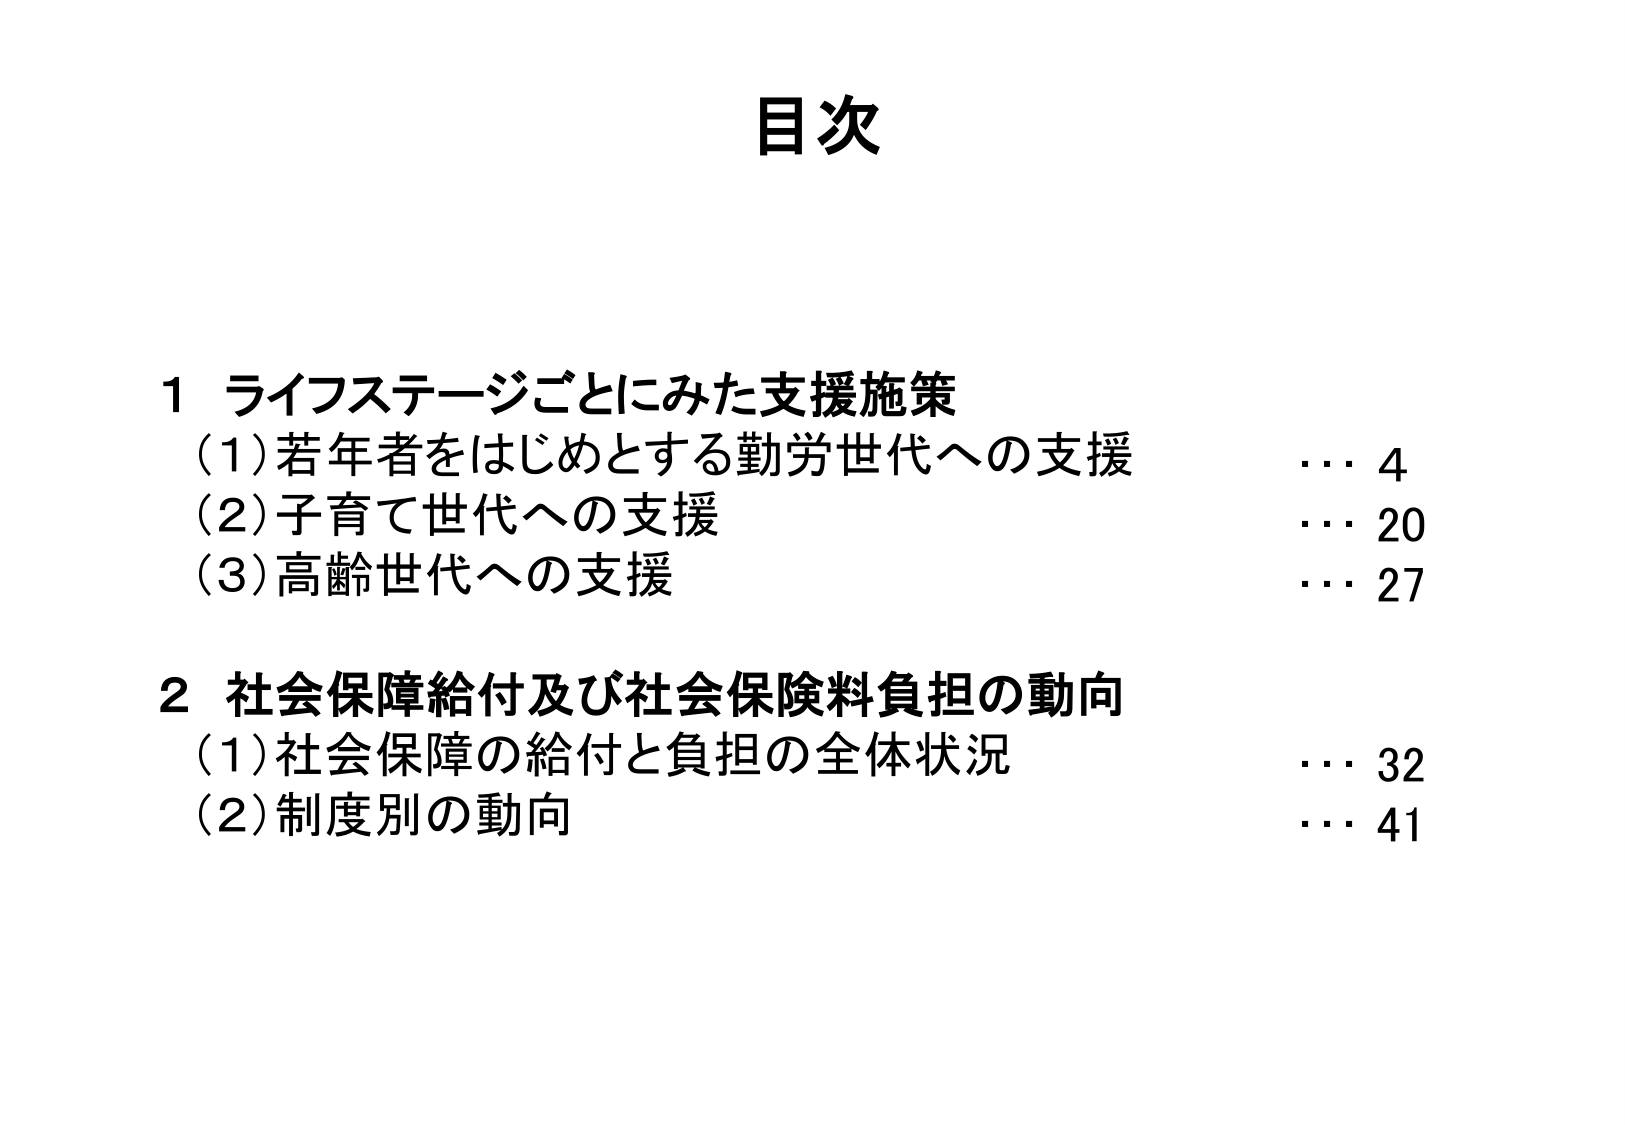
目次

1 ライフステージごとにみた支援施策
（1）若年者をはじめとする勤労世代への支援　　… 4
（2）子育て世代への支援　　　　　　　　　　… 20
（3）高齢世代への支援　　　　　　　　　　　… 27

2 社会保障給付及び社会保険料負担の動向
（1）社会保障の給付と負担の全体状況　　　　… 32
（2）制度別の動向　　　　　　　　　　　　　… 41